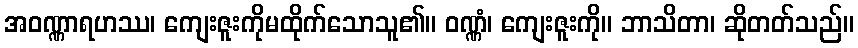
အဝဏ္ဏာရဟဿ၊ ကျေးဇူးကိုမထိုက်သောသူ၏။ ဝဏ္ဏံ၊ ကျေးဇူးကို။ ဘာသိတာ၊ ဆိုတတ်သည်။